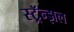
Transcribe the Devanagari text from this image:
स्ट्रॅन्झल